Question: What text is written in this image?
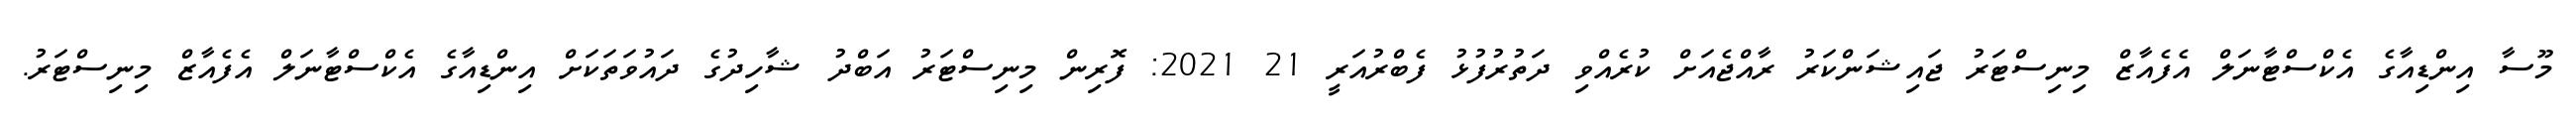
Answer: މޫސާ އިންޑިއާގެ އެކްސްޓާނަލް އެފެއާޒް މިނިސްޓަރު ޖައިޝަންކަރު ރާއްޖެއަށް ކުރެއްވި ދަތުރުފުޅު ފެބްރުއަރީ 21 2021: ފޮރިން މިނިސްޓަރު އަބްދު ޝާހިދުގެ ދައުވަތަކަށް އިންޑިއާގެ އެކްސްޓާނަލް އެފެއާޒް މިނިސްޓަރު.